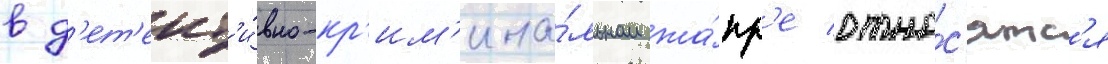
в д'ет'ект'и́вно-кр'им'ина́льном жа́нр'е отно́с'ятс'я